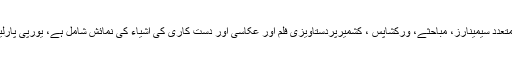
ویک یا ’’یورپ میں ہفتہ کشمیر‘‘ جس میں بین الاقوامی کانفرنس، متعدد سیمینارز، مباحثے، ورکشاپس ، کشمیرپردستاویزی فلم اور عکاسی اور دست کاری کی اشیاء کی نمائش شامل ہے، یورپی پارلیمنٹ میں پیرسات نومبرسے جمعہ گیارہ نومبر تک جاری رہے گا۔